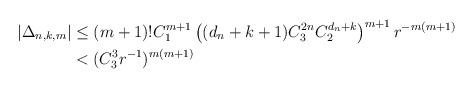
\begin{align*}\vert \Delta_{n,k,m}\vert&\leq (m+1)!C_1^{m+1}\left((d_n+k+1)C_3^{2n}C_2^{d_n+k}\right)^{m+1}r^{-m(m+1)}\\&< (C_3^3r^{-1})^{m(m+1)}\end{align*}